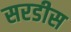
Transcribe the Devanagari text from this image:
सरडीस